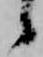
候